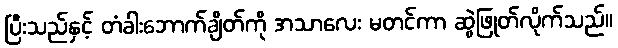
ပြီးသည်နှင့် တံခါးဘောက်ချိတ်ကို အသာလေး မတင်ကာ ဆွဲဖြုတ်လိုက်သည်။